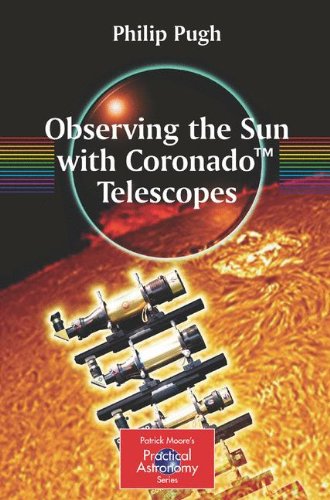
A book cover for Observing the Sun with Coronado(TM) Telescopes (The Patrick Moore Practical Astronomy Series); Philip Pugh; Science & Math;